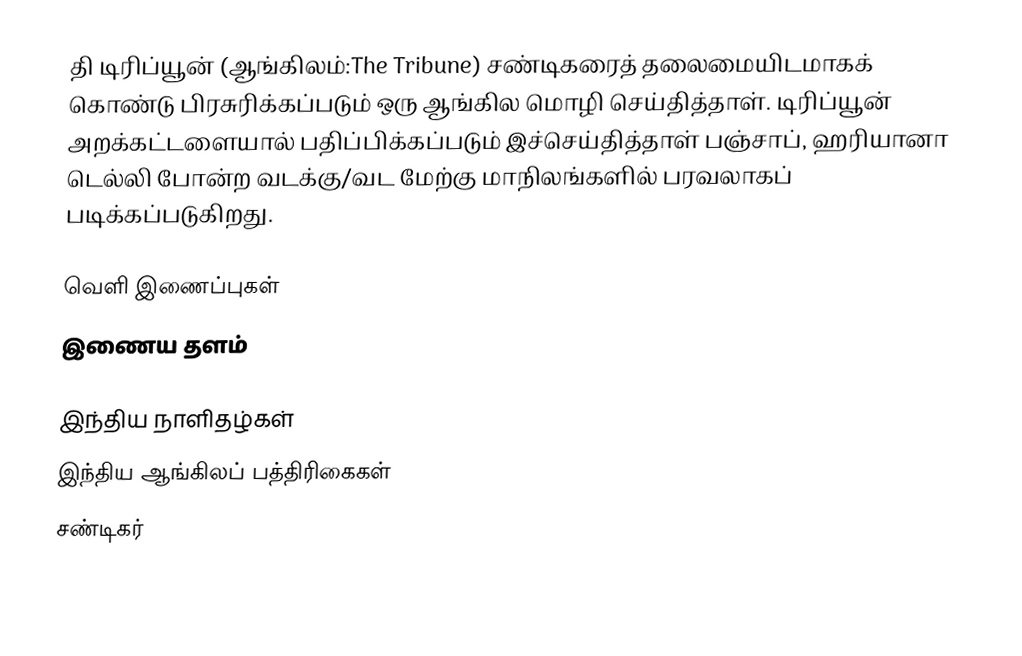
தி டிரிப்யூன் (ஆங்கிலம்:The Tribune) சண்டிகரைத் தலைமையிடமாகக் கொண்டு பிரசுரிக்கப்படும் ஒரு ஆங்கில மொழி செய்தித்தாள். டிரிப்யூன் அறக்கட்டளையால் பதிப்பிக்கப்படும் இச்செய்தித்தாள்  பஞ்சாப், ஹரியானா டெல்லி போன்ற வடக்கு/வட மேற்கு மாநிலங்களில் பரவலாகப் படிக்கப்படுகிறது.

வெளி இணைப்புகள்
  இணைய தளம்

இந்திய நாளிதழ்கள்
இந்திய ஆங்கிலப் பத்திரிகைகள்
சண்டிகர்